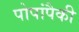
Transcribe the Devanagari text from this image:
पोपांपैकी